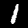
Digit: 1